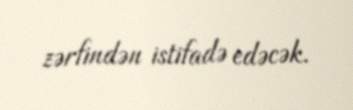
zərfindən istifadə edəcək.